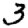
Digit: 3